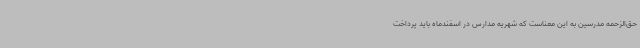
حق‌الزحمه مدرسین به این معناست که شهریه مدارس در اسفندماه باید پرداخت